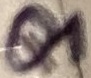
Text: Q1